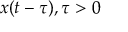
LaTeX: x ( t - \tau ) , \tau > 0